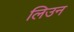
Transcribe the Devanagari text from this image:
लिउन